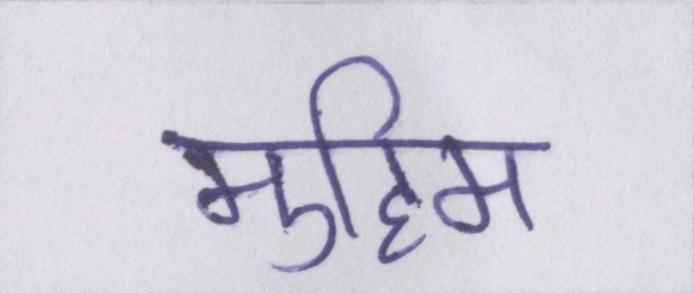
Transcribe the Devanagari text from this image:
मुहिम